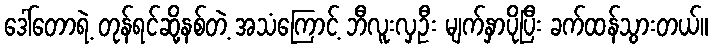
ဒေါ်တောရဲ့ တုန်ရင်ဆို့နစ်တဲ့ အသံကြောင့် ဘီလူးလှဦး မျက်နှာပိုပြီး ခက်ထန်သွားတယ်။